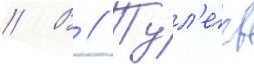
// В // Тул'еев